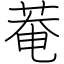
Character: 菴